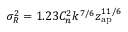
\sigma _ { R } ^ { 2 } = 1 . 2 3 C _ { n } ^ { 2 } k ^ { 7 / 6 } z _ { \mathrm { a p } } ^ { 1 1 / 6 }